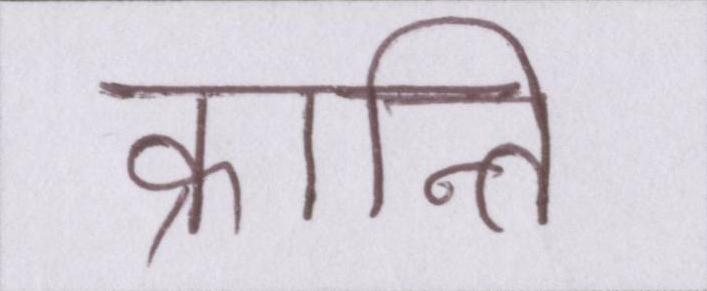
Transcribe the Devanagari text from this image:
क्रान्ति